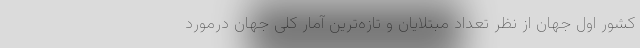
کشور اول جهان از نظر تعداد مبتلایان و تازه‌ترین آمار کلی جهان درمورد